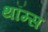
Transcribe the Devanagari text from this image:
थॉम्स